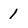
Character: 1